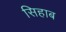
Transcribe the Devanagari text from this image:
सिहाब